Vital statistics of India. Vol. V, Reports of 1876 on armies & jails and on epidemic cholera
Year: 1876
Disease focus: Cholera
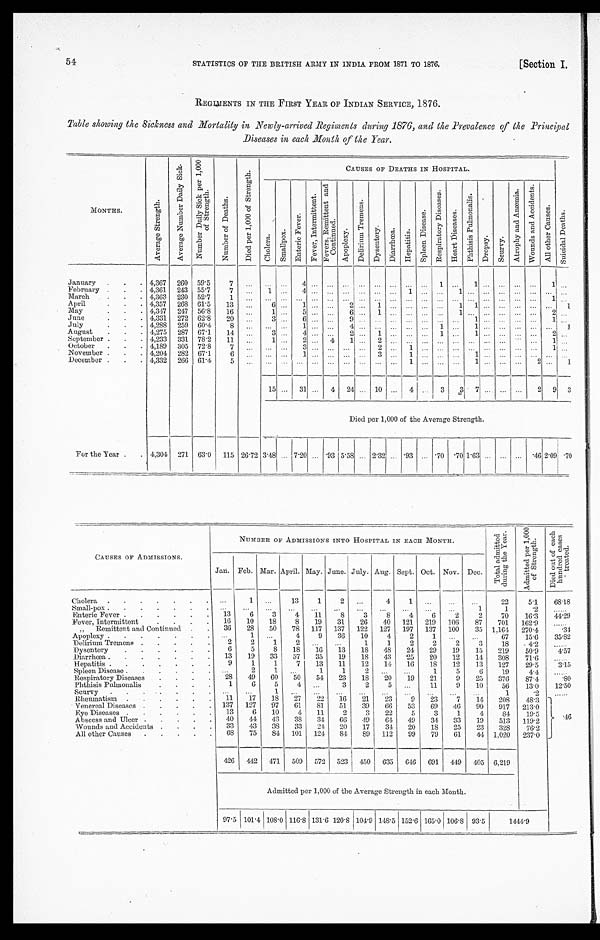
STATISTICS OF THE BRITISH ARMY IN INDIA FROM 1871 TO 1876.
[Section I.
54
REGIMENTS IN THE FIRST YEAR OF INDIAN SERVICE, 1876.
Table showing the Sickness and Mortality in Newly-arrived Regiments during 1876, and the Prevalence of the Principal
Diseases in each Month of the Year.
MONTHS.
A v e r a g e S t r e n g t h .
A v e r a g e N u m b e r D a i l y S i c k . N u m b e r D a i l y S i c k p e r 1 , 0 0 0 o f S t r e n g t h .
N u m b e r o f D e a t h s .
D i e d p e r 1 , 0 0 0 o f S t r e n g t h .
CAUSES OF DEATHS IN HOSPITAL.
C h o l e r a .
S m a l l p o x .
En t e r i c F e v e r .
F e v e r , I n t e r m i t t e n t . F e v e r s , R e m i t t e n t a n d C o n t i n u e d .
A p o p l e x y .
D e l i r i u m T r e m e n s .
Dy s e n t e r y .
D i a r r h œ a .
H e p a t i t i s .
S p l e e n D i s e a s e .
R e s p i r a t o r y D i s e a s e s .
H e a r t D i s e a s e s .
P h t h i s i s P u l m o n a l i s .
D r o p s y .
S c u r v y .
A t r o p h y a n d A n æ m i a .
W o u n d s a n d A c c i d e n t s .
Al l o t h e r Ca u s e s .
S u i c i d a l D e a t h s .
January . . . 4,367
260
59.5
7
. . .
. . . . . . 4
. . .
. . .
. . .
. . . . . .
. . .
. . .
. . .
1
. . . 1
. . .
. . .
. . .. . . 1
. . .
February . . . 4,361
243
55.7
7
. . .
1
. . . 4
. . .
. . .
. . .
. . .. . .
. . . 1
. . . . . .
1
. . .
. . .
. . .
. . . . . . . . . . . .
March . . . 4.363
230
52.7
1
. . .
. . .
. . . . . .
. . .
. . . . . .
. . .. . .
. . .
. . .
. . .. . .
. . . . . .
. . .
. . .
. . . . . . 1
. . .
April . . . 4,357
268
61.5
13
. . .
6 . . .
1
. . .
. . .2
. . .1
. . .
. . .
. . . . . . 1
1
. . .
. . .
. . . . . . . . . 1
May . . . 4,347
247
56.8
16
. . .
1 . . .
5
. . .
. . .6
. . .1
. . .
. . .
. . .. . .
1
. . .
. . .
. . .
. . . . . . 2
1
June . . . 4,331
272
62.8
2 0
. . .
3 . . .
6
. . .
. . .9
. . .. . .
. . .
. . .
. . . . . . . . . 1
. . .
. . .
. . .. . . 1
. . .
July . . . 4,288
259
60.4
8
. . .
. . . . . .
1
. . .
. . .4
. . .. . .
. . .
. . .
. . .1
. . . 1
. . .
. . .
. . .. . . . . . 1
August . . . 4,275
287
67.1
14
. . .
3 . . .
4
. . .
. . .2
. . .1
. . .
. . .
. . . 1 . . .
1
. . .
. . .
. . . . . .
2 . . .
September . . . 4,233
331
78.2
11
. . .
1 . . .
2
. . .
4
1 . . .
2
. . .
. . .
. . .
. . . . . .
. . .
. . .
. . .
. . .. . .
1 . . .
October . . . 4,189
305 72.8
7
. . .
. . . . . .
3
. . .
. . .
. . .
. . .
2
. . .
1
. . . . . .. . . . . .
. . .
. . .
. . .. . . 1
. . .
November . . . 4,204
282
67.1
6
. . .
. . . . . .
1
. . .
. . .
. . .
. . .
3
. . .
1
. . . . . .. . . 1
. . .
. . .
. . .. . . . . . . . .
December . . . 4,332
266
61.4
5
. . .
. . .
. . .
. . .
. . .
. . .
. . .
. . . . . .
. . .
1
. . . . . .. . . 1
. . .
. . .
. . .
2 . . .
1
15 . . .
31
. . .
4
24
. . . 10
. . .
4
. . . 3 3
7
. . .
. . .
. . .
2
9
3
Died per 1,000 of the Average Strength.
For the Year . . . . 4,304
271
63.0
115 26.72 3.48
. . .
7.20
. . . .93 5.58
. . . 2.32
. . . .93
. . . .70
70 1.63
. . .
. . .
. . . .46 2.09
. 7 0
CAUSES OF ADMISSIONS.
NUMBER OF ADMISSIONS INTO HOSPITAL IN EACH MONTH.
T o t a l a d m i t t e d d u r i n g t h e Y e a r .
Admi t t ed per 1, 000 of St r engt h.
D i e d o u t o f e a c h h u n d r e d c a s e s t r e a t e d .
Jan.
Feb. Mar. April. May. June. July. Aug. Sept. Oct. Nov.
Dec.
Cholera . . .
. . .
1
. . .
13
1
2
. . .
4
1
. . .
. . .
. . .
22
5.1
6 8 . 1 8
Small-pox . . .
. . .
. . .
. . .
. . .
. . .
. . .
. . .
. . .
. . .
. . .
. . .
1
1
. 2
. . .
Enteric Fever . . .
13
6
3
4
11
8
3
8
4
6
2
2
70
16.3
44.29
Fever, Intermittent . . .
16
10
18
8
19
31
26
40
121
219
106
87
701
162.9
. . .
" Remittent and Continued . . .
36
28
50
78
117
137
122
127
197
137
100
35
1,164
270.4
. 3 4
Apoplexy . . .
. . . 1
. . .
4
9
36
10
4
2
1
. . .
. . .
67
15.6
35.82
Delirium Tremens . . .
2
2
1
2
. . .
. . .
1
1
2
2
2
3
18
4.2
. . .
Dysentery . . .
6
5
8
18
16
13
18
48
24
29
19
15
219
50.9
4.57
Diarrhœa . . .
13
19
33
57
35
19
18
43
25
20
12
14
308
71.6
. . .
Hepatitis . . .
9
1
1.
7
13
11
12
14
16
18
12
13
127
29.5
3.15
Spleen Disease . . .
. . .
2
1
. . .
1
1
2
. . .
. . .
1
5
6
19
4 . 4 .
. . .
Respiratory Diseases . . .
28
49
60
50
54
23
18
20
19
21
9
25
376
87.4
. 8 0
Phthisis Pulmonalis . . .
1
6
5
4
. . .
3
2
5
. . .
11
9
10
56
13.0
12.50
S c u r v y . . .. . .
. . .
1
. . .
. . .
. . .
. . .
. . .
. . .
. . .
. . .
. . .
1
. 2
. . .
Rheumatism . . .
11
17
18
27
22
16
21
23
9
23
7
14
208
48.3
.46
Venereal Diseases . . .
137
127
97
61
81
51
39
66
53
69
46
90
917
213.0
Eye Diseases . . .
13
6
10
4
11
2
3
22
5
3
1
4
84
19.5
Abscess and Ulcer . . .
40
44
43
38
34
66
49
64
49
34
33
19
513
119.2
Wounds and Accidents . . .
33
43
38
33
24
20
17
34
20
1 8
25
23
328
76.2
All other Causes . . .
68
75
8 4
101
124
84
8 9
112
99
79
61
44
1,020
237.0
426
442
471
509
572
523
450
635
646
691
449
405
6,219
Admitted per 1,000 of the Average Strength in each Month.
97.5 101.4 108.0 116.8 131.6 120.8 104.9 148.5 152.6 165.0
1 0 6 . 8
93.5
1444.9